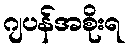
ဂျပန်အစိုးရ